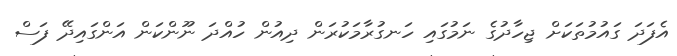
އެފަދަ ގައުމުތަކަށް ޖިހާދުގެ ނަމުގައި ހަނގުރާމަކުރަން ދިއުން ހުއްދަ ނޫންކަން އަންގައިދޭ ފަސް